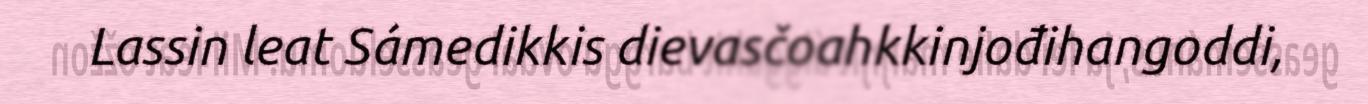
Lassin leat Sámedikkis dievasčoahkkinjođihangoddi,